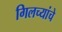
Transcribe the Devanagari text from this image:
गिलच्यांचे